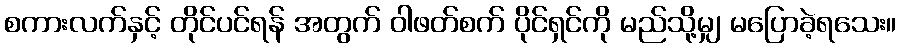
စကားလက်နှင့် တိုင်ပင်ရန် အတွက် ဝါဖတ်စက် ပိုင်ရှင်ကို မည်သို့မျှ မပြောခဲ့ရသေး။